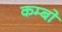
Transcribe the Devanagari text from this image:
कम्बो